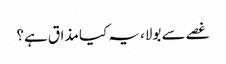
غصے سے بولا، یہ کیا مذاق ہے؟